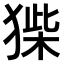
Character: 𤠌